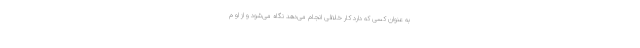
به عنوان کسی که دارد کار خلافی انجام می‌دهد نگاه می‌شود و از او م